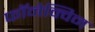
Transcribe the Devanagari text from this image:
फॉनेक्विन